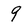
Character: 9